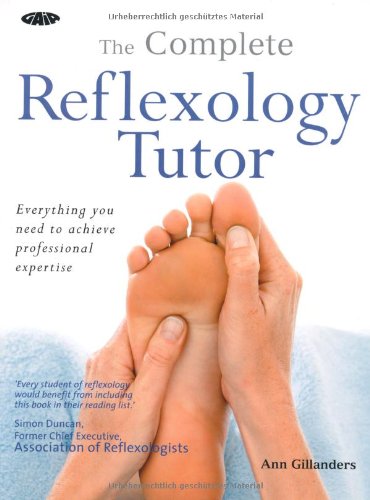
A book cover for The Complete Reflexology Tutor: Everything You Need to Achieve Professional Expertise; Ann Gillanders; Health, Fitness & Dieting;